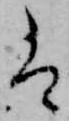
は